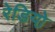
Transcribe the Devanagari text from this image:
रेडियो़